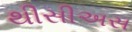
થીસીઅસ